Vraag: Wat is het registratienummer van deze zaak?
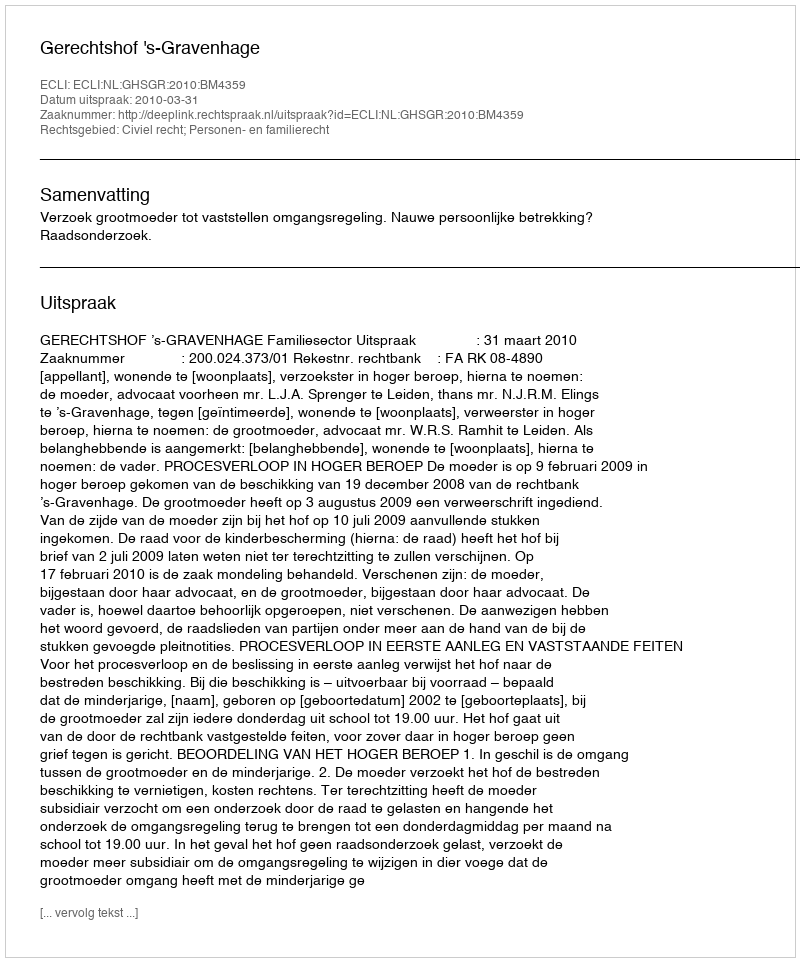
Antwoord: http://deeplink.rechtspraak.nl/uitspraak?id=ECLI:NL:GHSGR:2010:BM4359